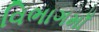
વિભાગમાઁ